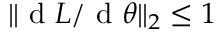
\| \mathrm { ~ d ~ } L / \mathrm { ~ d ~ } \theta \| _ { 2 } \leq 1